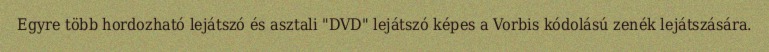
Egyre több hordozható lejátszó és asztali "DVD" lejátszó képes a Vorbis kódolású zenék lejátszására.